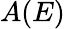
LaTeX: A(E)